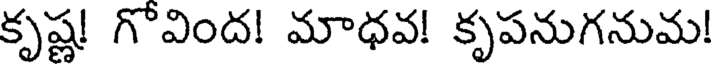
కృష్ణ! గొవింద! మాధవ! కృపనుగనుమ!